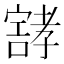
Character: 𰍝